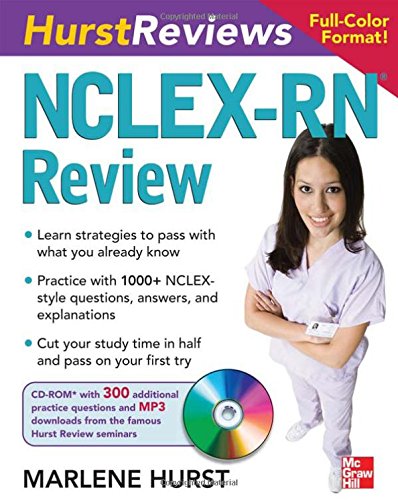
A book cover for Hurst Reviews NCLEX-RN Review; Marlene Hurst; Test Preparation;